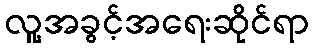
လူ့အခွင့်အရေးဆိုင်ရာ